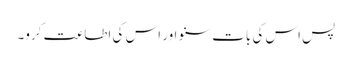
پس اس کی بات سنو اور اس کی اطاعت کرو۔